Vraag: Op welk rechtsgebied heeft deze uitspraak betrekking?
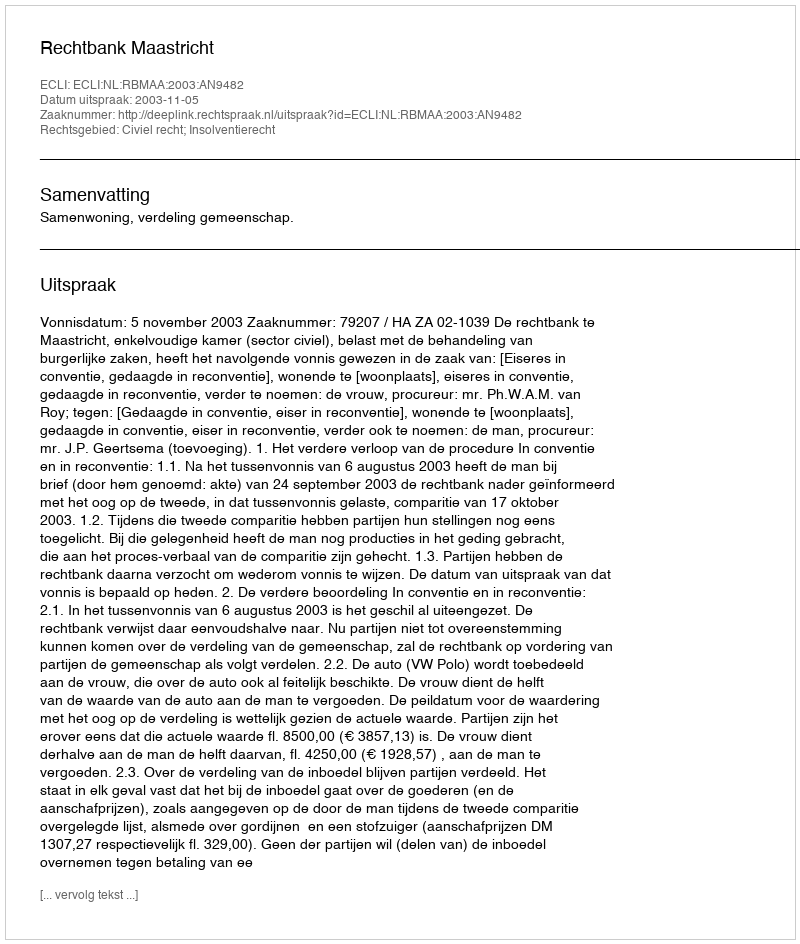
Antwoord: Civiel recht; Insolventierecht